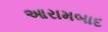
આરામબાદ